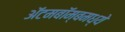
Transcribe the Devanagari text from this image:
अॅटमबॉम्बमध्ये